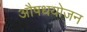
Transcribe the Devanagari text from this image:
औषधयोजन